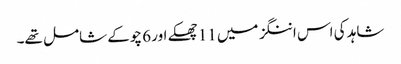
شاہد کی اس اننگز میں 11 چھکے اور 6 چوکے شامل تھے۔